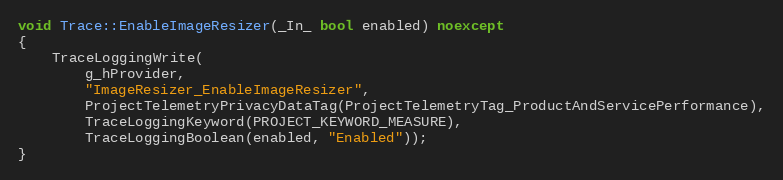
Language: C++
void Trace::EnableImageResizer(_In_ bool enabled) noexcept
{
    TraceLoggingWrite(
        g_hProvider,
        "ImageResizer_EnableImageResizer",
        ProjectTelemetryPrivacyDataTag(ProjectTelemetryTag_ProductAndServicePerformance),
        TraceLoggingKeyword(PROJECT_KEYWORD_MEASURE),
        TraceLoggingBoolean(enabled, "Enabled"));
}